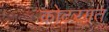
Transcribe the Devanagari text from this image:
कोटरगत